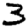
Digit: 3